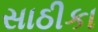
સાઠીકા